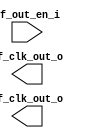
/*******************************************************************************
    Verilog netlist generated by IPGEN Lattice Radiant Software (64-bit)
    2023.1.0.43.3
    Soft IP Version: 1.4.0
    2023 08 30 12:40:48
*******************************************************************************/
/*******************************************************************************
    Wrapper Module generated per user settings.
*******************************************************************************/
module int_osc (hf_out_en_i, hf_clk_out_o, lf_clk_out_o)/* synthesis syn_black_box syn_declare_black_box=1 */;
    input  hf_out_en_i;
    output  hf_clk_out_o;
    output  lf_clk_out_o;
endmodule